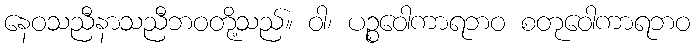
နေဝသညီနာသညီဘဝတို့သည်။ ဝါ၊ ပဉ္စဝေါကာရဘဝ စတုဝေါကာရဘဝ